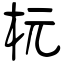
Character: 杬